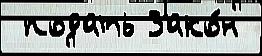
 подать Зако́н